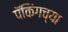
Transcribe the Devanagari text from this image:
पॅकिंगच्या